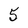
Character: 5